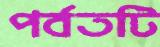
পর্বতটি